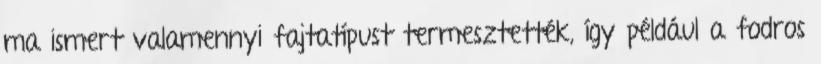
ma ismert valamennyi fajtatípust termesztették, így például a fodros